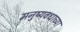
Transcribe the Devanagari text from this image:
मनुष्यवधाच्या